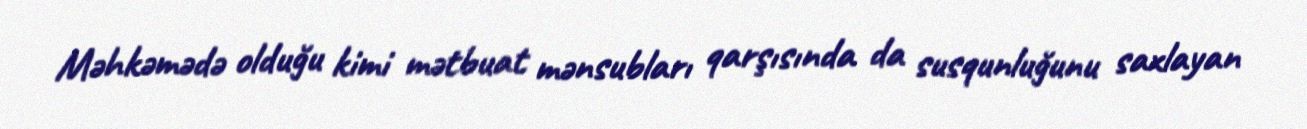
Məhkəmədə olduğu kimi mətbuat mənsubları qarşısında da susqunluğunu saxlayan